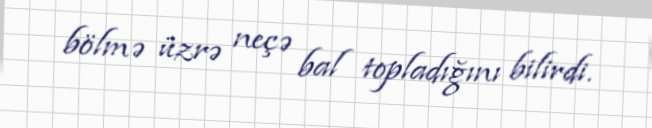
bölmə üzrə neçə bal topladığını bilirdi.